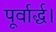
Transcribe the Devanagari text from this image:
पूर्वार्द्ध।